Civil Veterinary Dept. Bombay admin report 1923-31 - 1923-1931
Year: 1923
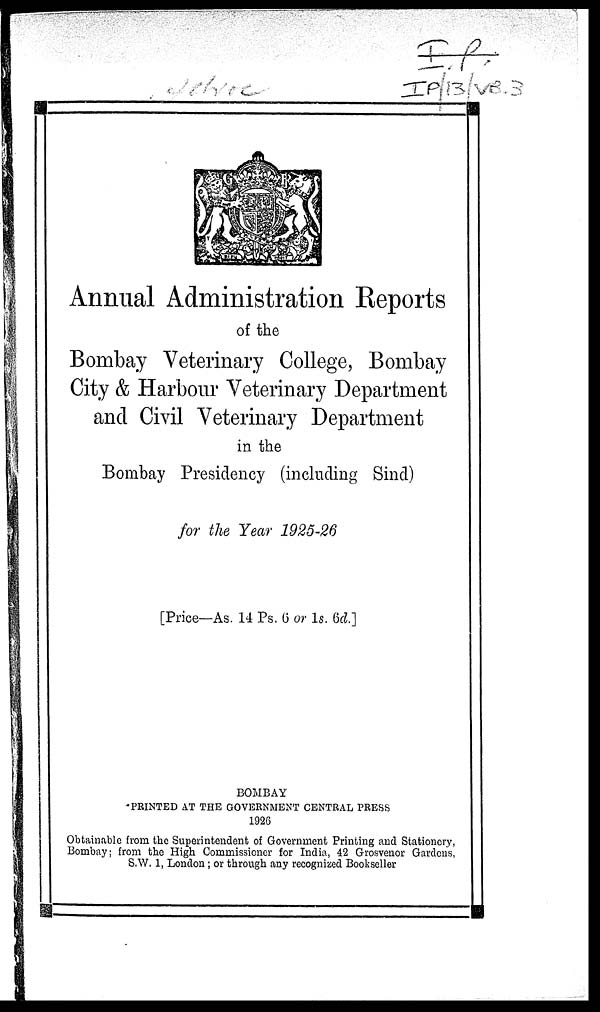
Annual Administration Reports
of the
Bombay Veterinary College, Bombay
City & Harbour Veterinary Department
and Civil Veterinary Department
in the
Bombay Presidency (including Sind)
for the Year 1925-26
[Price—As. 14 Ps. 6 or 1s. 6d.]
BOMBAY
PRINTED AT THE GOVERNMENT CENTRAL PRESS
1926
Obtainable from the Superintendent of Government Printing and Stationery,
Bombay; from the High Commissioner for India, 42 Grosvenor Gardens,
S.W. 1, London; or through any recognized Bookseller